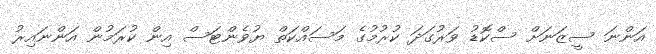
އަންނަ ސީޒަނަށް ސްކޮޑު ވަރުގަދަ ކުރުމުގެ މަސައްކަތް ޔުވެންޓަސް އިން ކުރަމުން އަންނައިރު